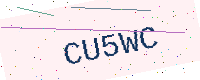
Text: CU5WC